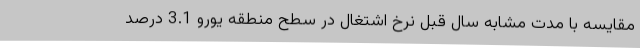
مقایسه با مدت مشابه سال قبل نرخ اشتغال در سطح منطقه یورو 3.1 درصد